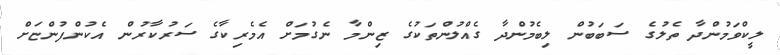
ލީކްވަމުންދާ ތެލުގެ ސަބަބުން ލިބެމުންދާ ގެއްލުންތަކުގެ ޒިންމާ ނެގުމަށް އެމެރިކާގެ ސަރުކާރުން އެކުންފުންޏަށް